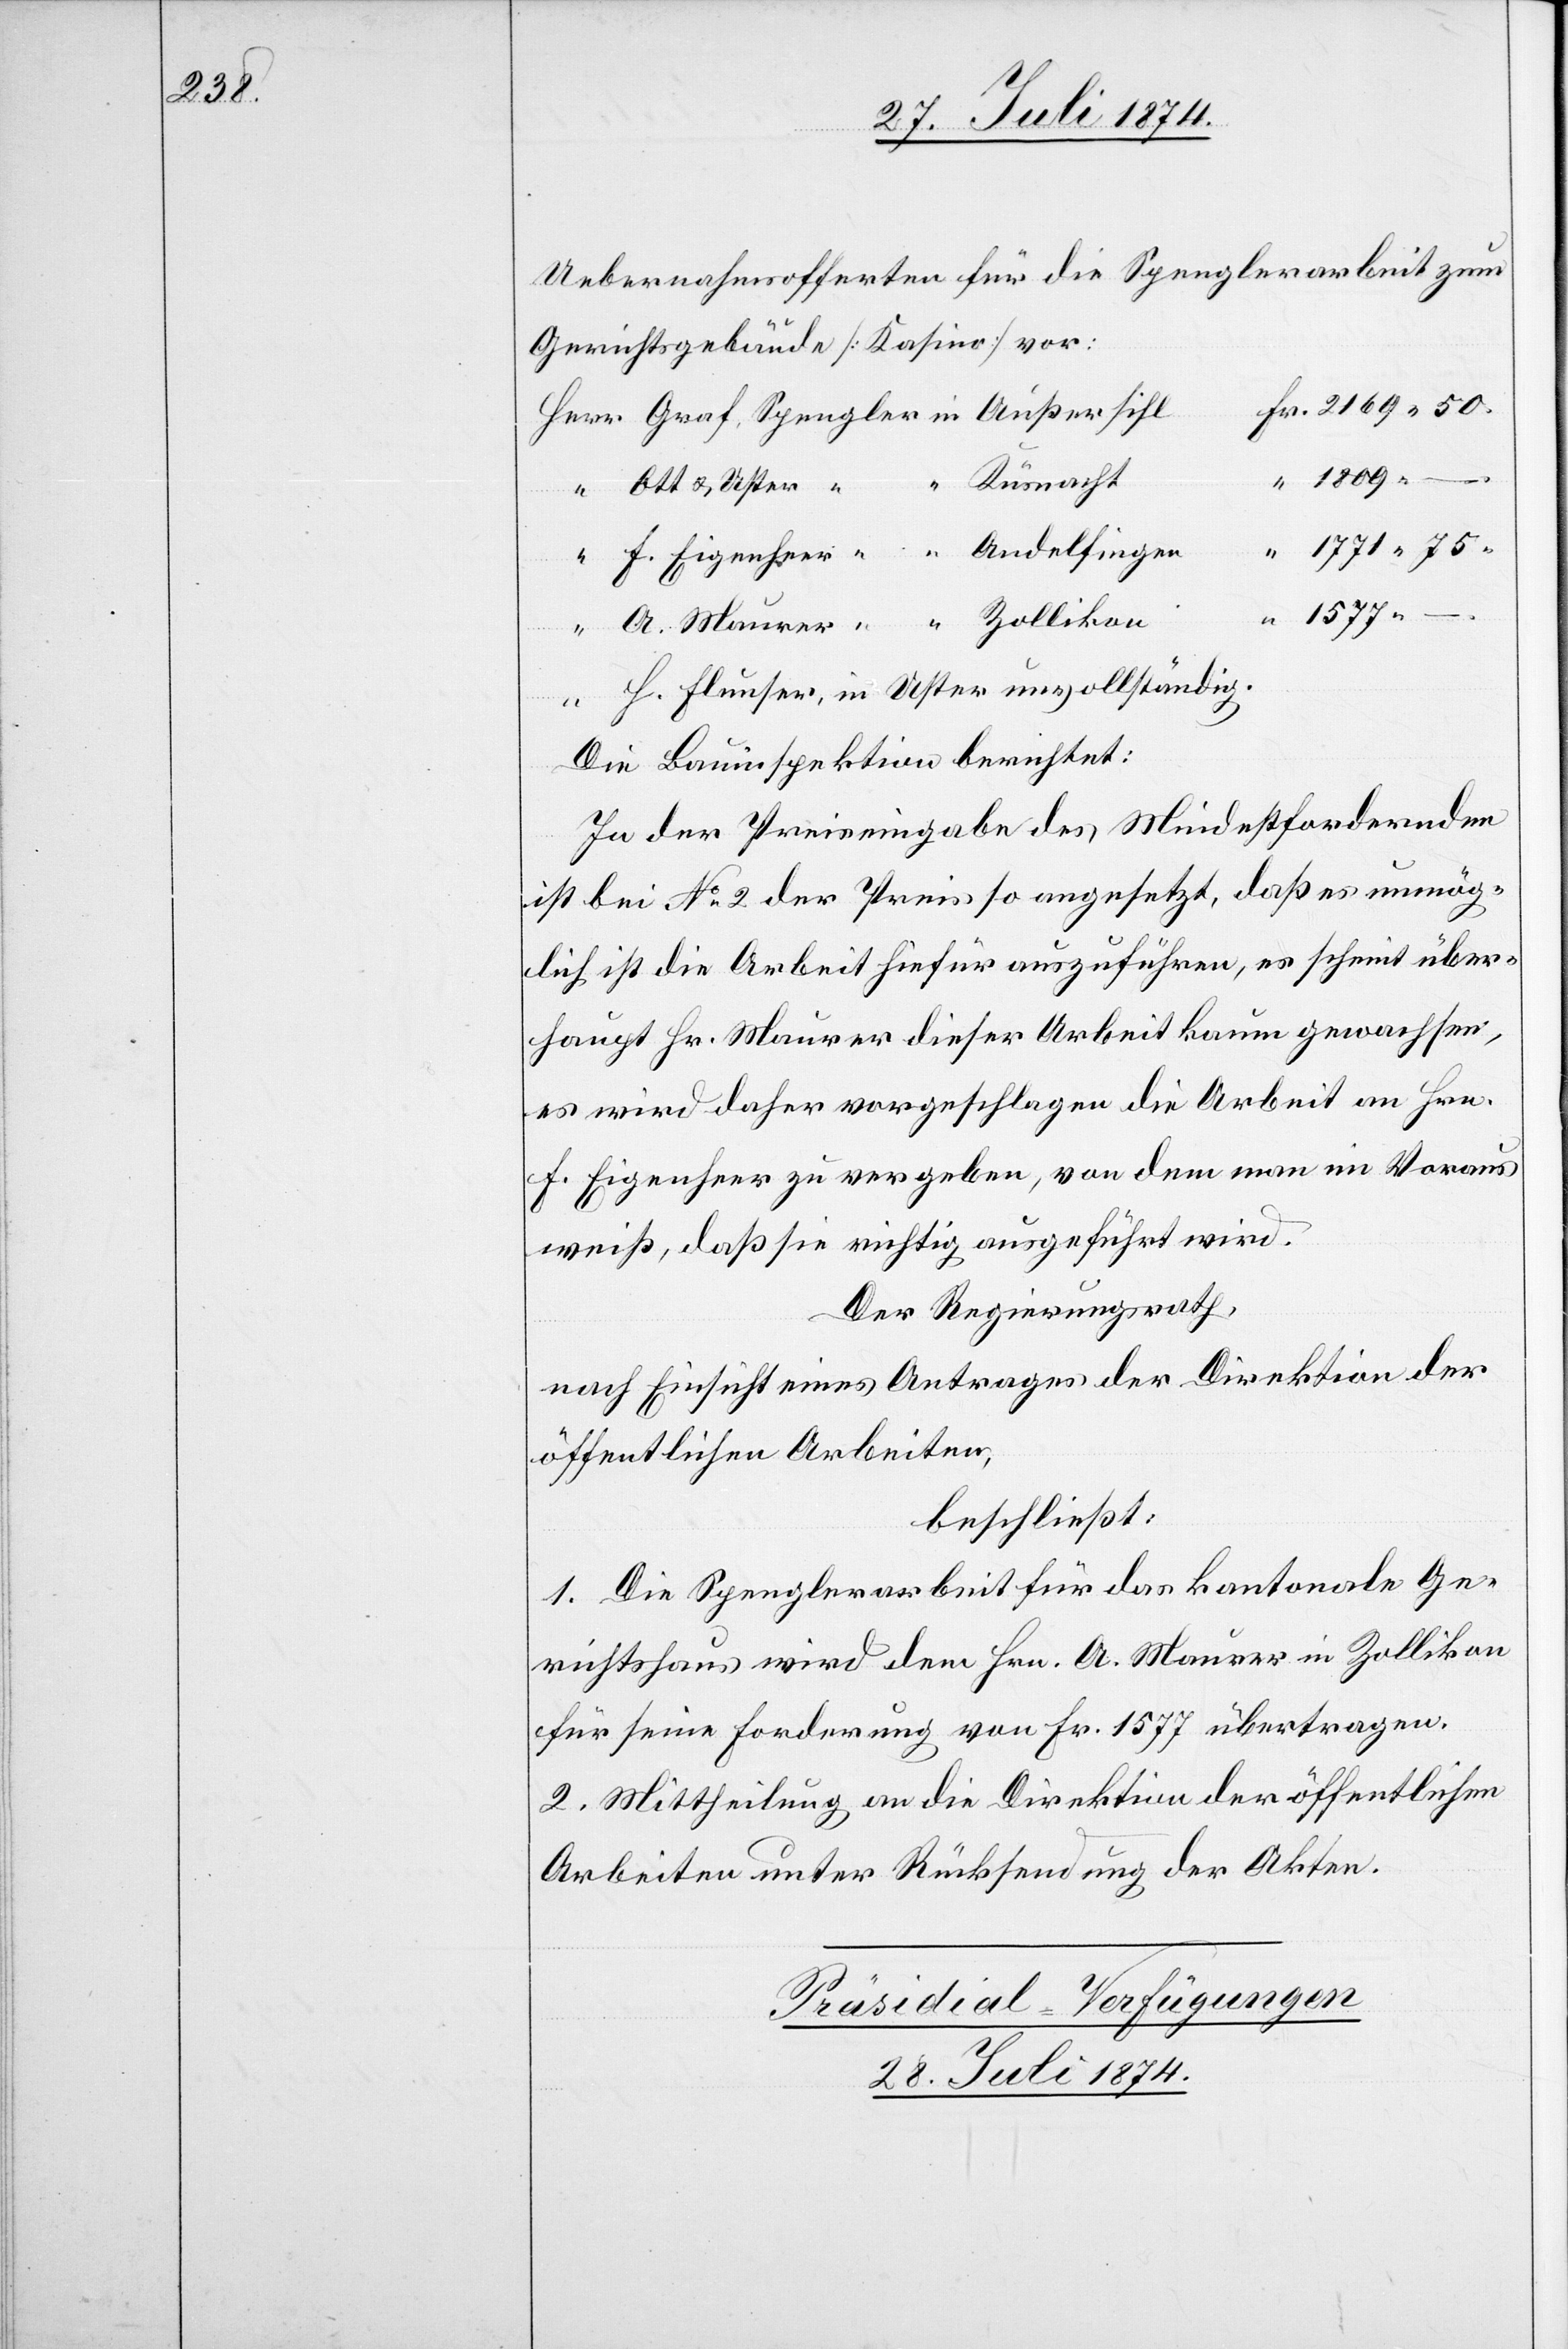
Uebernahmsofferten für die Spenglerarbeit zum
Gerichtsgebäude [Kasino] vor:
F.
u.
1577.
in
Die Bauinspektion berichtet:
In der Preiseingabe des Mindestfordernden
ist bei No 2 der Preis so angesetzt, daß es unmög¬
lich ist die Arbeit hiefür auszuführen, es scheine über¬
haupt Hr. Maurer dieser Arbeit kaum gewachsen,
es wird daher vorgeschlagen die Arbeit an Hrn.
F. Eigenheer zu vergeben, von dem man im Voraus
weiß, daß sie richtig ausgeführt wird.
Der Regierungsrath,
nach Einsicht eines Antrages der Direktion der
öffentlichen Arbeiten,
beschließt:
1. Die Spenglerarbeit für das kantonale Ge¬
richtshaus wird dem Hrn. A. Maurer in Zollikon
für seine Forderung von Fr. 1577 übertragen.
2. Mittheilung an die Direktion der öffentlichen
Arbeiten unter Rücksendung der Akten.
Präsidial-Verfügungen
28. Juli 1874.